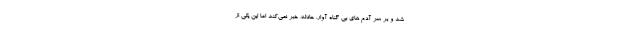
شد و بر سر آدم های بی گناه آوار. حادثه، خبر نمی‌کند اما این یکی از